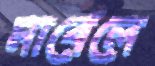
মার্বেলে